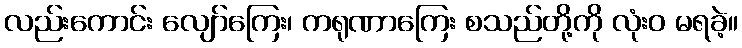
လည်းကောင်း လျော်ကြေး၊ ကရုဏာကြေး စသည်တို့ကို လုံးဝ မရခဲ့။